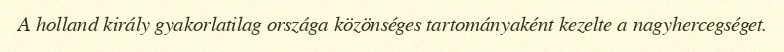
A holland király gyakorlatilag országa közönséges tartományaként kezelte a nagyhercegséget.